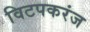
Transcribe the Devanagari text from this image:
विटपकरंज